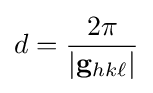
d={\frac {2\pi }{|\mathbf {g} _{hk\ell }|}}